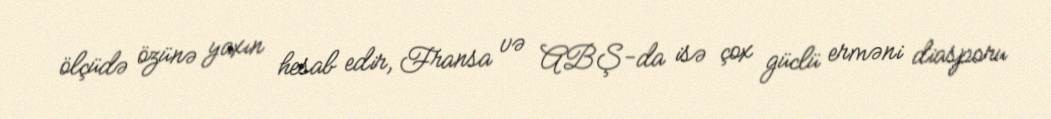
ölçüdə özünə yaxın hesab edir, Fransa və ABŞ-da isə çox güclü erməni diasporu